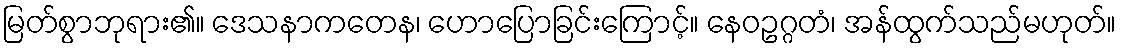
မြတ်စွာဘုရား၏။ ဒေသနာကတေန၊ ဟောပြောခြင်းကြောင့်။ နေဝဥဂ္ဂတံ၊ အန်ထွက်သည်မဟုတ်။